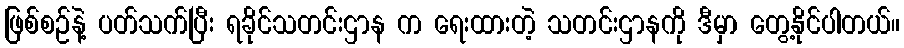
ဖြစ်စဉ်နဲ့ ပတ်သက်ပြီး ရခိုင်သတင်းဌာန က ရေးထားတဲ့ သတင်းဌာနကို ဒီမှာ တွေ့နိုင်ပါတယ်။